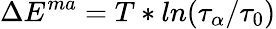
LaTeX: \Delta E^{ma}=T*ln(\tau_{\alpha}/\tau_{0})